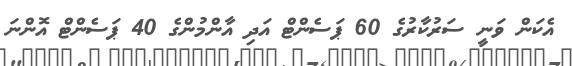
އެކަން ވަނީ ސަރުކާރުގެ 60 ޕަސެންޓް އަދި އާންމުންގެ 40 ޕަސެންޓް އޮންނަ